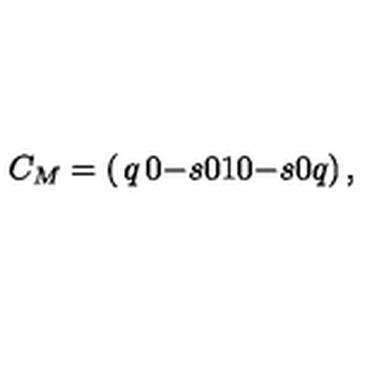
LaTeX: C _ { M } = \left( \begin{matrix} { q } & { 0 } & { - s } \\ { 0 } & { 1 } & { 0 } \\ { - s } & { 0 } & { q } \\ \end{matrix} \right) ,